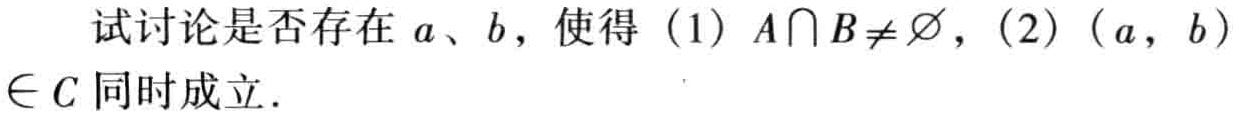
试讨论是否存在 \(a、b\)，使得（1）\(A\cap B\neq\varnothing\)，（2）\((a,b)\in C\) 同时成立．